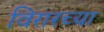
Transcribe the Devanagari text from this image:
विरारच्या